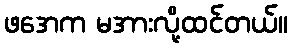
ဖအေက မအားလို့ထင်တယ်။